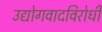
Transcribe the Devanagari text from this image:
उद्योगवादविरोधी